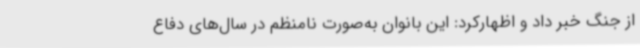
از جنگ خبر داد و اظهارکرد: این بانوان به‌صورت نامنظم در سال‌های دفاع